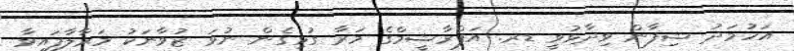
އަހުމަދު ޝިފާން ވިދާޅުވީ ޑރ. އަފްރާޝީމްގެ މަރާ ގުޅިގެން ނުވަ ޒުވާނަކު މަރާލާފައިވާ